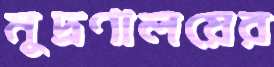
মুদ্রণালয়ের